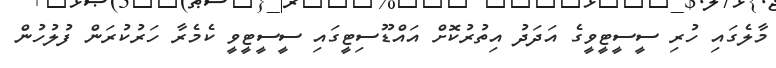
މާލެގައި ހުރި ސީސީޓީވީގެ އަދަދު އިތުރުކޮށް އައްޑޫސިޓީގައި ސީސީޓީވީ ކެމެރާ ހަރުކުރަން ފުލުހުން